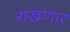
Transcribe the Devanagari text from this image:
राखणार